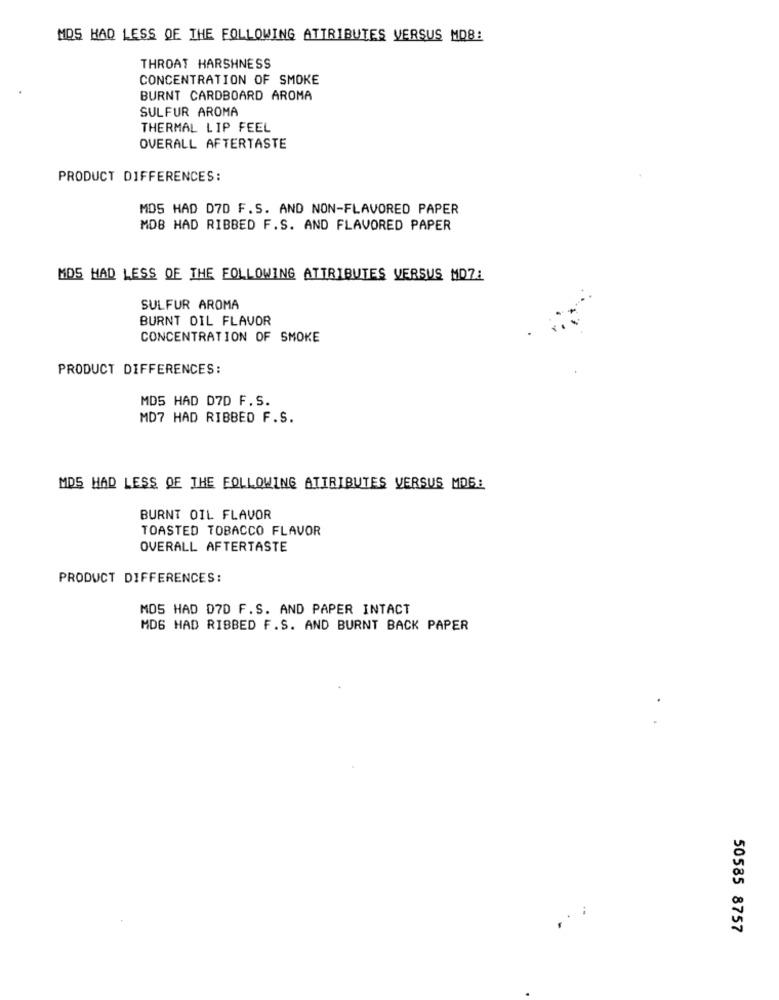
MOS HAD LESS OF THE FOLLOWING ATTRIBUTES VERSUS MOB:
THROAT HARSHNESS
CONCENTRATION OF SMOKE
BURNT CARDBOARD AROMA
SULFUR AROMA
THERMAL LIP FEEL
OVERALL AFTERTASTE
PRODUCT DIFFERENCES:
MDS HAD D7D F.S. AND NON-FLAVORED PAPER
MDB HAD RIBBED F.S. AND FLAVORED PAPER
MDS HAD LESS OF THE FOLLOWING ATTRIBUTES VERSUS MD7L
SULFUR AROMA
BURNT DIL FLAVOR
CONCENTRATION OF SMOKE
PRODUCT DIFFERENCES:
MDS HAD D7D F. S.
MD7 HAD RIBBED F.S.
MDS HAD LESS OF THE FOLLOWING ATTRIBUTES VERSUS MOS:
BURNT OIL FLAVOR
TOASTED TOBACCO FLAVOR
OVERALL AFTERTASTE
PRODUCT DIFFERENCES:
MOS HAD D7D F.S. AND PAPER INTACT
MDG HAD RIBBED F.S. AND BURNT BACK PAPER
50585 8757